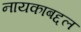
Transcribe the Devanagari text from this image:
नायकाबद्दल